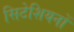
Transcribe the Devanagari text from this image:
सिटेशियनों